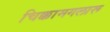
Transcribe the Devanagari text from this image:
चिक्कामगलारू